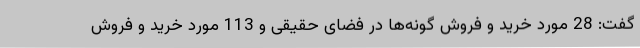
گفت: 28 مورد خرید و فروش گونه‌ها در فضای حقیقی و 113 مورد خرید و فروش